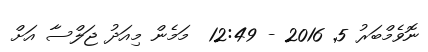
ނޮވެމްބަރު 5